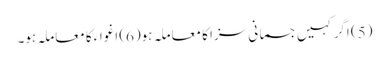
(5) اگر کہیں جسمانی سزا کا معاملہ ہو(6) اغواء کا معاملہ ہو۔